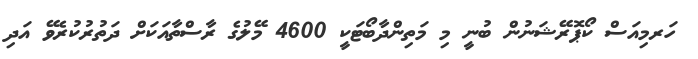
ހަރމިއަސް ކޯޕޮރޭޝަނުން ބުނީ މި މަތިންދާބޯޓަކީ 4600 މޭލުގެ ރާސްތާއަކަށް ދަތުރުކުރެވޭ އަދި